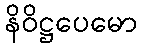
နိဝိဋ္ဌပေမော